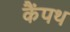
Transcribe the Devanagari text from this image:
कैंपथ